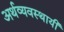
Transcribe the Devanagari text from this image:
अर्थव्यवस्थायी